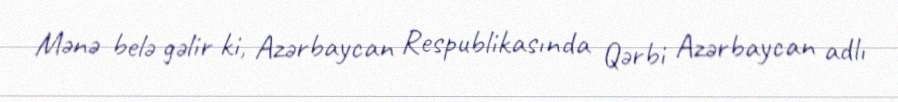
Mənə belə gəlir ki, Azərbaycan Respublikasında Qərbi Azərbaycan adlı